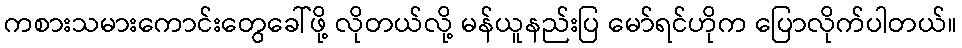
ကစားသမားကောင်းတွေခေါ်ဖို့ လိုတယ်လို့ မန်ယူနည်းပြ မော်ရင်ဟိုက ပြောလိုက်ပါတယ်။